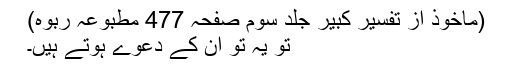
(ماخوذ از تفسیر کبیر جلد سوم صفحہ 477 مطبوعہ ربوہ)
تو یہ تو ان کے دعوے ہوتے ہیں۔